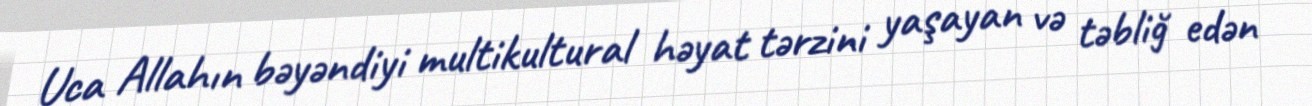
Uca Allahın bəyəndiyi multikultural həyat tərzini yaşayan və təbliğ edən